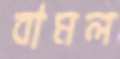
বামল